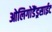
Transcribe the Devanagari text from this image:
ओलिगोडैंड्रसाईट